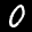
Label: 0